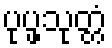
ပုပ္ဖသုတ္တံ